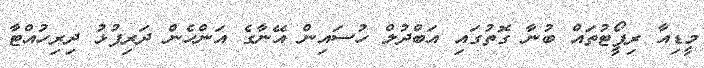
މީޑިއާ ރިޕޯީޓުތައް ބުނާ ގޮތުގައި އަބްދުލް ހުސައިން އޭނާގެ އަންހެން ދަރިފުޅު ދިރިހުއްޓާ